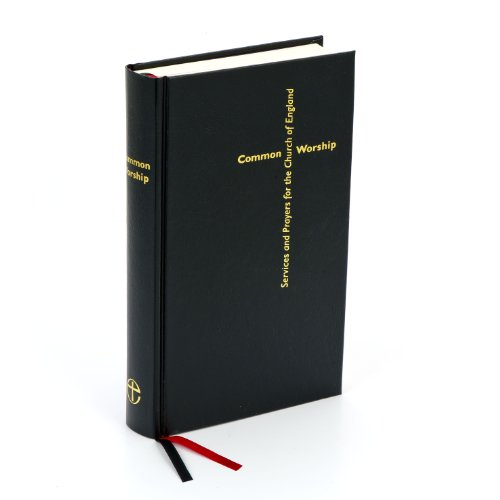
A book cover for Common Worship: Services and Prayers for the Church of England; Christian Books & Bibles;